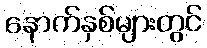
နောက်နှစ်များတွင်